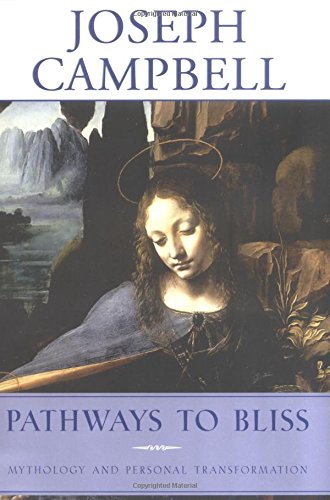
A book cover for Pathways to Bliss: Mythology and Personal Transformation; Joseph Campbell; Literature & Fiction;